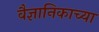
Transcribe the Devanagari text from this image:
वैज्ञानिकाच्या